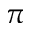
\pi